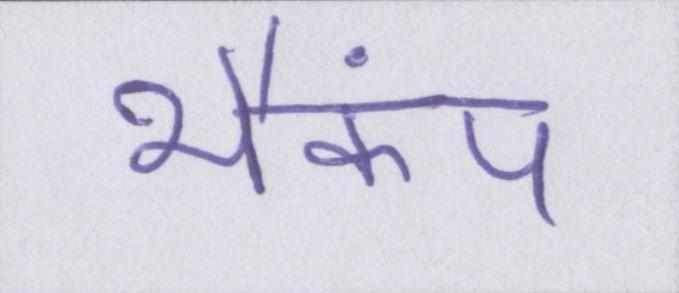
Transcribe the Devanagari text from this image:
भैकंप